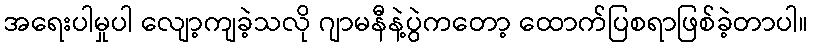
အရေးပါမှုပါ လျော့ကျခဲ့သလို ဂျာမနီနဲ့ပွဲကတော့ ထောက်ပြစရာဖြစ်ခဲ့တာပါ။